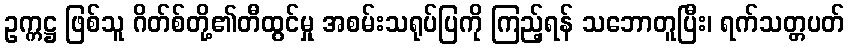
ဥက္ကဋ္ဌ ဖြစ်သူ ဂိတ်စ်တို့၏တီထွင်မှု အစမ်းသရုပ်ပြကို ကြည့်ရန် သဘောတူပြီး၊ ရက်သတ္တပတ်